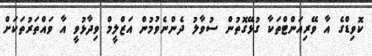
ކޮވިޑްގެ އާ ވޭރިއަންޓްތަކާ ގުޅޭގޮތުން ސުވާލު ދެންނެވުމުން އަޒްލީމް ވިދާޅުވީ އާ ވައްތަރުތަކަށް